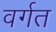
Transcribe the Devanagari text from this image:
वर्गत